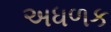
અધળક